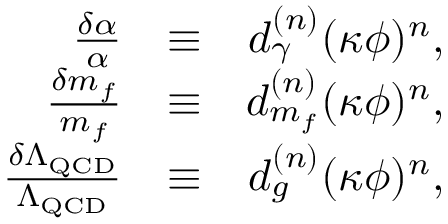
\begin{array} { r l r } { \frac { \delta \alpha } { \alpha } } & { \equiv } & { d _ { \gamma } ^ { ( n ) } ( \kappa \phi ) ^ { n } , } \\ { \frac { \delta m _ { f } } { m _ { f } } } & { \equiv } & { d _ { m _ { f } } ^ { ( n ) } ( \kappa \phi ) ^ { n } , } \\ { \frac { \delta \Lambda _ { \mathrm { Q C D } } } { \Lambda _ { \mathrm { Q C D } } } } & { \equiv } & { d _ { g } ^ { ( n ) } ( \kappa \phi ) ^ { n } , } \end{array}